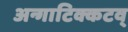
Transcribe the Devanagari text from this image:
अन्गाटिक्कटव्